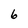
Character: 6